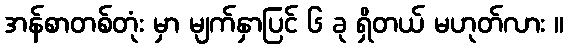
အန်စာတစ်တုံး မှာ မျက်နှာပြင် ၆ ခု ရှိတယ် မဟုတ်လား ။